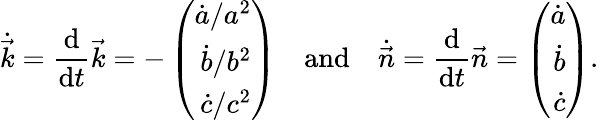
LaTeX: \dot{\vec{k}}=\frac{\mathrm{d}}{\mathrm{d}t}\vec{k}=-\left(\begin{array}{r}{\dot{a}/a^{2}}\\ {\dot{b}/b^{2}}\\ {\dot{c}/c^{2}}\end{array}\right)\enspace\enspace\mathrm{and}\enspace\enspace\dot{\vec{n}}=\frac{\mathrm{d}}{\mathrm{d}t}\vec{n}=\left(\begin{array}{r}{\dot{a}}\\ {\dot{b}}\\ {\dot{c}}\end{array}\right).